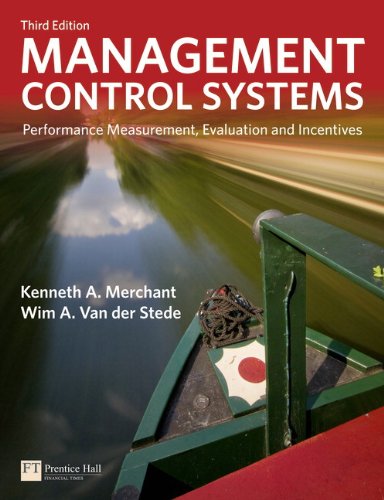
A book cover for Management Control Systems: Performance Measurement, Evaluation and Incentives (3rd Edition) (Financial Times (Prentice Hall)); Kenneth Merchant; Business & Money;